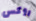
روكس